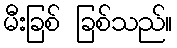
မီးခြစ် ခြစ်သည်။